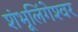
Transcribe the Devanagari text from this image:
शंभूलिंगेश्‍वर